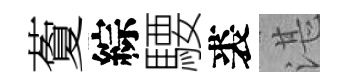
藑綜騕裘湛